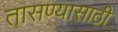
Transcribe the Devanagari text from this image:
तासण्यासाठी